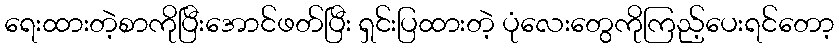
ရေးထားတဲ့စာကိုပြီးအောင်ဖတ်ပြီး ရှင်းပြထားတဲ့ ပုံလေးတွေကိုကြည့်ပေးရင်တော့